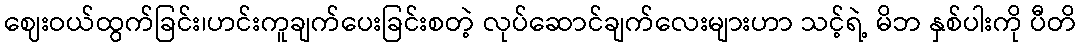
ဈေးဝယ်ထွက်ခြင်း၊ဟင်းကူချက်ပေးခြင်းစတဲ့ လုပ်ဆောင်ချက်လေးများဟာ သင့်ရဲ့ မိဘ နှစ်ပါးကို ပီတိ